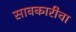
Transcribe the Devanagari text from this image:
सावकारीचा